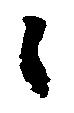
候